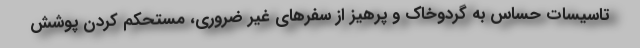
تاسیسات حساس به گردوخاک و پرهیز از سفرهای غیر ضروری، مستحکم کردن پوشش